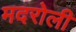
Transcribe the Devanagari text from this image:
मदरोली